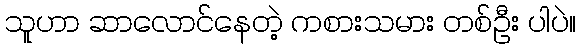
သူဟာ ဆာလောင်နေတဲ့ ကစားသမား တစ်ဦး ပါပဲ။